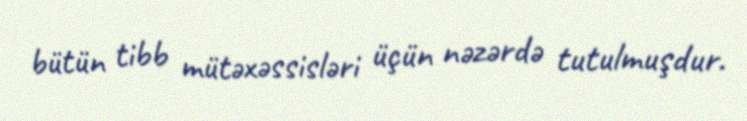
bütün tibb mütəxəssisləri üçün nəzərdə tutulmuşdur.